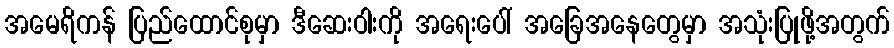
အမေရိကန် ပြည်ထောင်စုမှာ ဒီဆေးဝါးကို အရေးပေါ် အခြေအနေတွေမှာ အသုံးပြုဖို့အတွက်